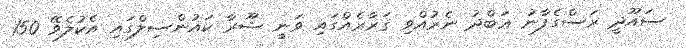
ސައޫދީ ރަސްގެފާނު ޢަބްދު ނެރުއްވި ޤަރާރެއްގައި ވަނީ ޝޫރާ ކައުންސިލްގައި އެކުލެވޭ 150